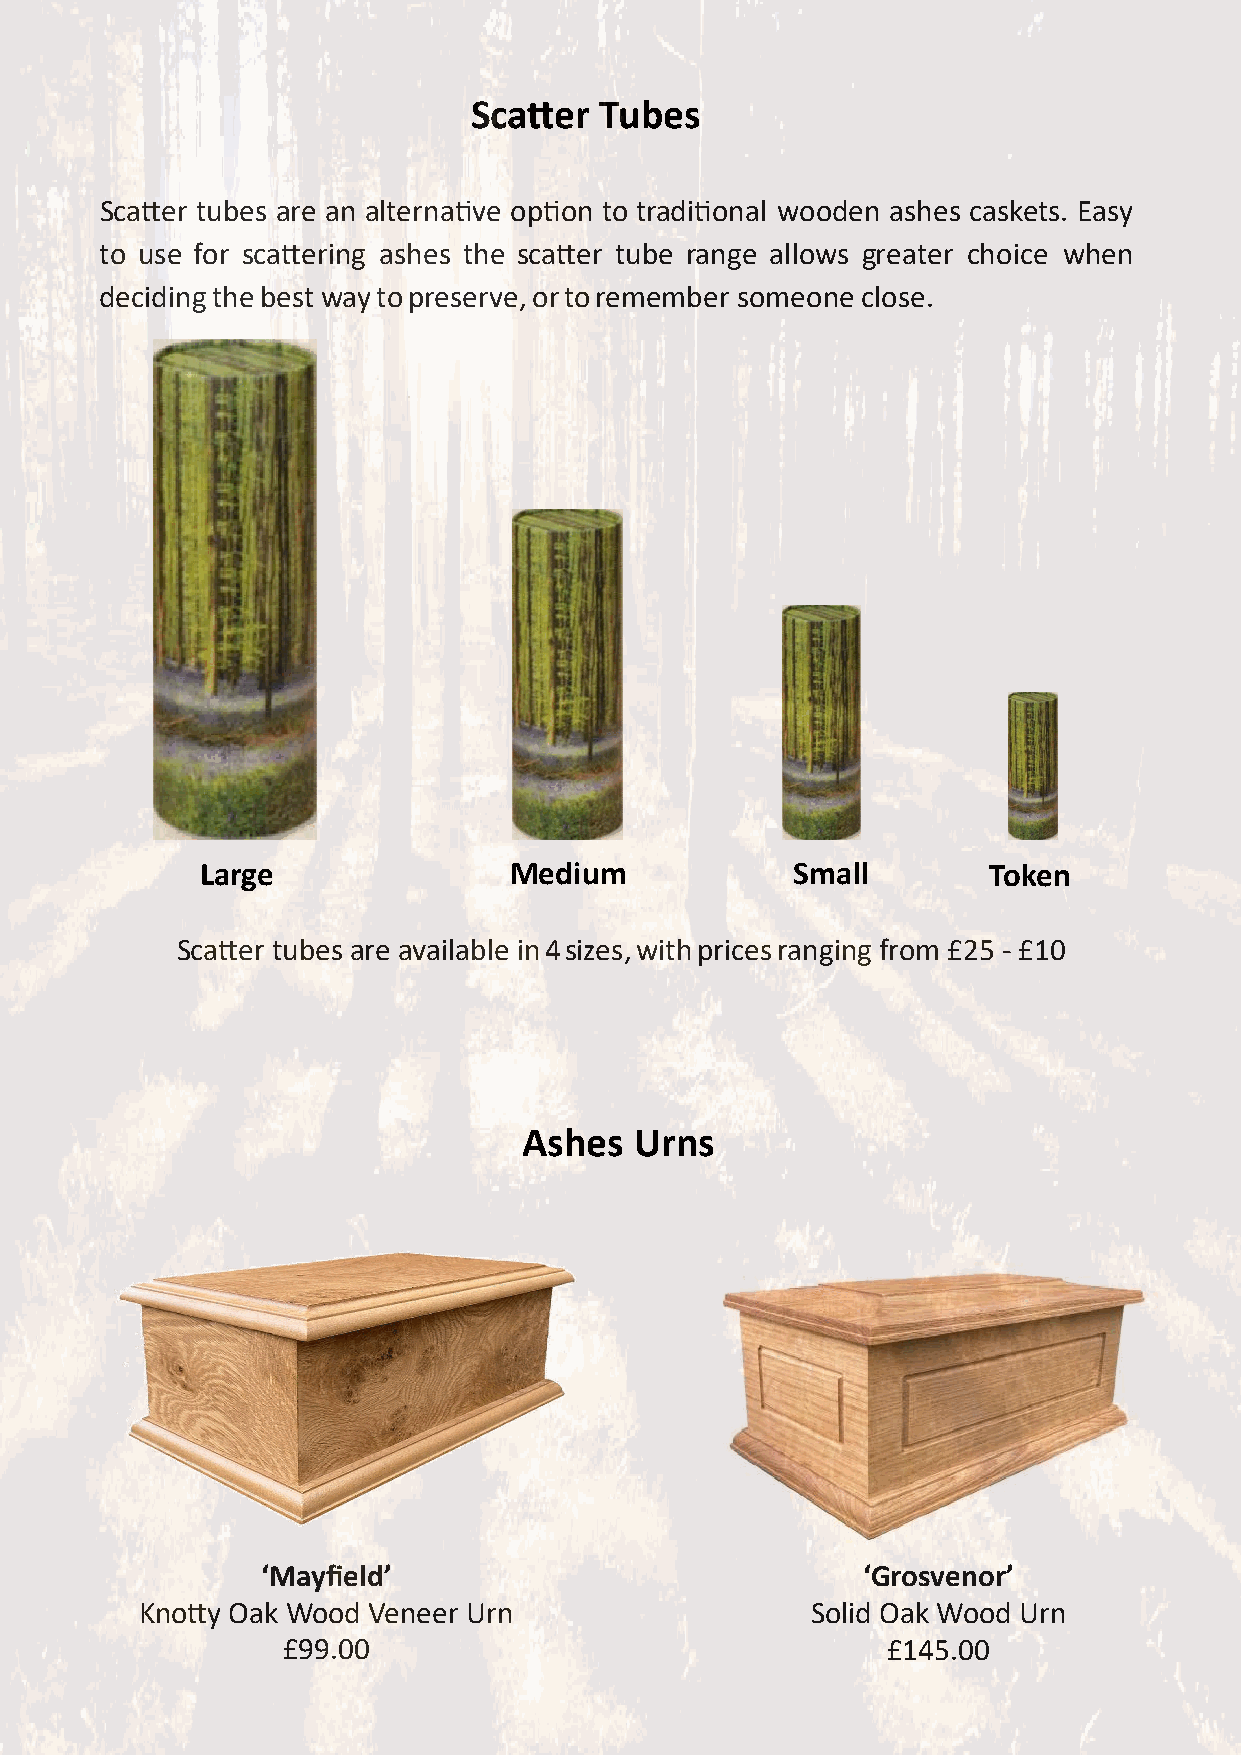
Scatter  Tubes
 Scatter tubes are an alternative option to traditional wooden ashes caskets. Easy
 to use for scattering ashes the scatter tube range allows greater choice when
 deciding the best way to preserve, or to remember someone close.
 Large                Medium            Small        Token
 Scatter tubes are available in 4 sizes, with prices ranging from £25 - £10
 Ashes  Urns
 ‘Mayfield’                              ‘Grosvenor’
 Knotty Oak Wood Veneer Urn                   Solid Oak Wood Urn
 £99.00                                  £145.00